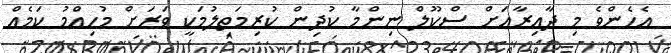
އެހެންވެ މި ދާއިރާއަށް ސްކޫލް ނިންމާ ކުދިން ކުރިމަތިލުމަކީ ވަރަށް މުހިއްމު ކަމެއް